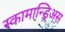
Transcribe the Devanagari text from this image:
स्कामान्ड्रिअस